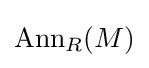
\mathrm {Ann} _{R}(M)